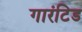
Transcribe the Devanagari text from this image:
गारंटिड